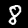
Label: 8